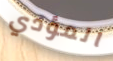
المؤدي